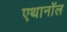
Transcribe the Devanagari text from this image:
एथानॉल